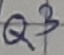
Text: Q3